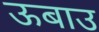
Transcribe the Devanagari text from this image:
ऊबाउ